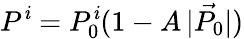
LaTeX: P^{\mathit{i}}=P_{0}^{\mathit{i}}(1-A\, |\vec{{P_{0}}}|)